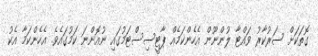
ގޮތަކަށް ސަރުކާރު ވައްޓާ ލުންނޫން އެހެންކަމެއް ޕާޓީސިސްޓަމުގައި ނުއޮންނަ ކަމުގައެވެ. އެހެންކަމާ އެކު